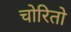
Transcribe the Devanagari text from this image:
चोरितो